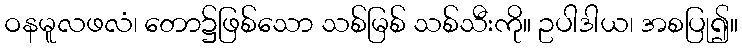
ဝနမူလဖလံ၊ တော၌ဖြစ်သော သစ်မြစ် သစ်သီးကို။ ဥပါဒါယ၊ အစပြု၍။